Some observations on the poison of Russell's viper (Daboia russellii) - Number 3
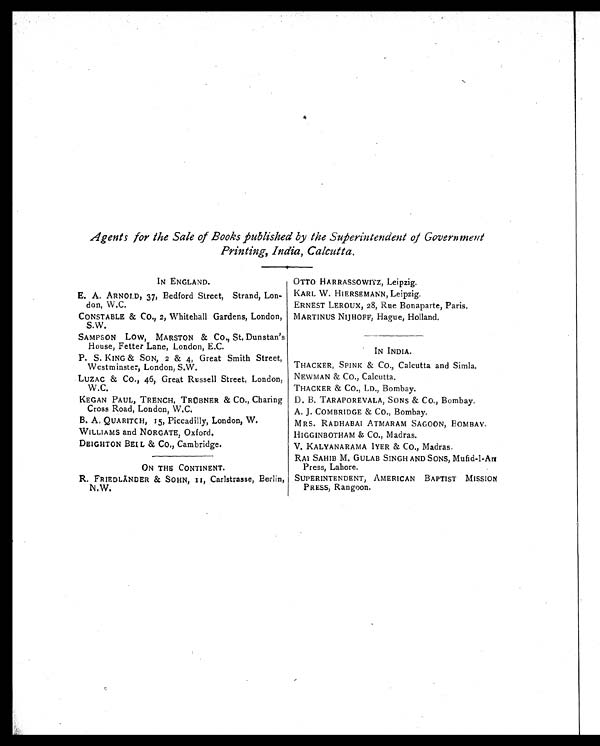
Agents for the Sale of Books published by the Superintendent of Government
Printing, India, Calcutta.
IN ENGLAND.
E. A. ARNOLD, 37, Bedford Street, Strand, Lon
-don, W.C.
CONSTABLE & CO., 2, Whitehall Gardens, London,
S. W.
SAMPSON Low, MARSTON & Co., St. Dunstan's
House, Fetter Lane, London, E.C.
P. S. KING & SON, 2 & 4, Great Smith Street,
Westminster, London, S.W.
LUZAC & Co., 46, Great Russell Street, London,
W.C.
KEGAN PAUL, TRENCH, TROBNER & CO., Charing
Cross Road, London, W.C.
B. A: QUARITC H, I5, Piccadilly, London, W.
WILLIAMS and NORGATE. Oxford.
DEIGHTON BELL & CO., Cambridge.
ON THE CONTINENT.
R. FRIEDLANDER & SOHN, II , Carlstrasse, Berlin,
N.W.
OTTO HARRASSOWITZ, Leipzig.
KARL W. HIERSEMANN, Leipzig.
ERNEST LEROUX, 28, Rue Bonaparte, Paris.
N ARTINUS NIJHOFF, Hague, Holland.
IN INDIA.
THACKER, SPINK & Co., Calcutta and Simla.
NEWMAN & Co., Calcutta.
THACKER & CO., LD., Bombay.
D. B. TAR APOREVALA, SONS & Co., Bombay.
A. J. COMBRIDGE & Co., Bombay.
MRS. RA DHABAI ATMAR AM SAGOON, BOMBAY.
HIGGINBOTHAM & CO., Madras.
V. KALYANARAMA IYER & CO., Madras.
RAI SAHIB M. GULAB SINGH AND SONS, Mufid-I-Ant
Press, Lahore.
SUPERINTENDENT, AMERICAN BAPTIST MISSION
PRESS, Rangoon.